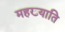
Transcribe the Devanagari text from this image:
महख्याति